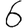
Digit: 6